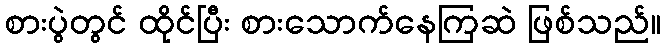
စားပွဲတွင် ထိုင်ပြီး စားသောက်နေကြဆဲ ဖြစ်သည်။